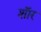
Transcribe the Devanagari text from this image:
शाॅर